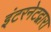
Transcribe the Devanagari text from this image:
इंटरनेटद्वारा